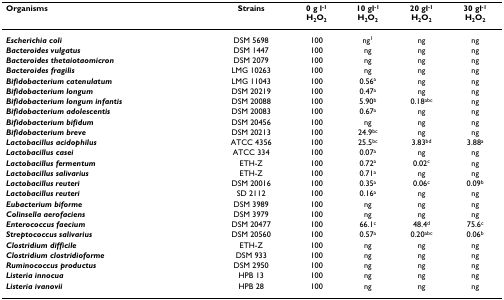
<table><thead><tr><td><b>Organisms</b></td><td><b>Strains</b></td><td><b>0 g l<sup>-1</sup>H<sub>2</sub>O<sub>2</sub></b></td><td><b>10 gl<sup>-1</sup>H<sub>2</sub>O<sub>2</sub></b></td><td><b>20 gl<sup>-1</sup>H<sub>2</sub>O<sub>2</sub></b></td><td><b>30 gl<sup>-1</sup>H<sub>2</sub>O<sub>2</sub></b></td></tr></thead><tbody><tr><td><b><i>Escherichia coli</i></b></td><td>DSM 5698</td><td>100</td><td>ng<sup>1</sup></td><td>ng</td><td>ng</td></tr><tr><td><b><i>Bacteroides vulgatus</i></b></td><td>DSM 1447</td><td>100</td><td>ng</td><td>ng</td><td>ng</td></tr><tr><td><b><i>Bacteroides thetaiotaomicron</i></b></td><td>DSM 2079</td><td>100</td><td>ng</td><td>ng</td><td>ng</td></tr><tr><td><b><i>Bacteroides fragilis</i></b></td><td>LMG 10263</td><td>100</td><td>ng</td><td>ng</td><td>ng</td></tr><tr><td><b><i>Bifidobacterium catenulatum</i></b></td><td>LMG 11043</td><td>100</td><td>0.56<sup>a</sup></td><td>ng</td><td>ng</td></tr><tr><td><b><i>Bifidobacterium longum</i></b></td><td>DSM 20219</td><td>100</td><td>0.47<sup>a</sup></td><td>ng</td><td>ng</td></tr><tr><td><b><i>Bifidobacterium longum infantis</i></b></td><td>DSM 20088</td><td>100</td><td>5.90<sup>b</sup></td><td>0.18<sup>abc</sup></td><td>ng</td></tr><tr><td><b><i>Bifidobacterium adolescentis</i></b></td><td>DSM 20083</td><td>100</td><td>0.67<sup>a</sup></td><td>ng</td><td>ng</td></tr><tr><td><b><i>Bifidobacterium bifidum</i></b></td><td>DSM 20456</td><td>100</td><td>ng</td><td>ng</td><td>ng</td></tr><tr><td><b><i>Bifidobacterium breve</i></b></td><td>DSM 20213</td><td>100</td><td>24.9<sup>bc</sup></td><td>ng</td><td>ng</td></tr><tr><td><b><i>Lactobacillus acidophilus</i></b></td><td>ATCC 4356</td><td>100</td><td>25.5<sup>bc</sup></td><td>3.83<sup>bd</sup></td><td>3.88<sup>a</sup></td></tr><tr><td><b><i>Lactobacillus casei</i></b></td><td>ATCC 334</td><td>100</td><td>0.07<sup>a</sup></td><td>ng</td><td>ng</td></tr><tr><td><b><i>Lactobacillus fermentum</i></b></td><td>ETH-Z</td><td>100</td><td>0.72<sup>a</sup></td><td>0.02<sup>c</sup></td><td>ng</td></tr><tr><td><b><i>Lactobacillus salivarius</i></b></td><td>ETH-Z</td><td>100</td><td>0.71<sup>a</sup></td><td>ng</td><td>ng</td></tr><tr><td><b><i>Lactobacillus reuteri</i></b></td><td>DSM 20016</td><td>100</td><td>0.35<sup>a</sup></td><td>0.06<sup>c</sup></td><td>0.09<sup>b</sup></td></tr><tr><td><b><i>Lactobacillus reuteri</i></b></td><td>SD 2112</td><td>100</td><td>0.16<sup>a</sup></td><td>ng</td><td>ng</td></tr><tr><td><b><i>Eubacterium biforme</i></b></td><td>DSM 3989</td><td>100</td><td>ng</td><td>ng</td><td>ng</td></tr><tr><td><b><i>Colinsella aerofaciens</i></b></td><td>DSM 3979</td><td>100</td><td>ng</td><td>ng</td><td>ng</td></tr><tr><td><b><i>Enterococcus faecium</i></b></td><td>DSM 20477</td><td>100</td><td>66.1<sup>c</sup></td><td>48.4<sup>d</sup></td><td>75.6<sup>c</sup></td></tr><tr><td><b><i>Streptococcus salivarius</i></b></td><td>DSM 20560</td><td>100</td><td>0.57<sup>a</sup></td><td>0.20<sup>abc</sup></td><td>0.06<sup>b</sup></td></tr><tr><td><b><i>Clostridium difficile</i></b></td><td>ETH-Z</td><td>100</td><td>ng</td><td>ng</td><td>ng</td></tr><tr><td><b><i>Clostridium clostridioforme</i></b></td><td>DSM 933</td><td>100</td><td>ng</td><td>ng</td><td>ng</td></tr><tr><td><b><i>Ruminococcus productus</i></b></td><td>DSM 2950</td><td>100</td><td>ng</td><td>ng</td><td>ng</td></tr><tr><td><b><i>Listeria innocua</i></b></td><td>HPB 13</td><td>100</td><td>ng</td><td>ng</td><td>ng</td></tr><tr><td><b><i>Listeria ivanovii</i></b></td><td>HPB 28</td><td>100</td><td>ng</td><td>ng</td><td>ng</td></tr></tbody></table>